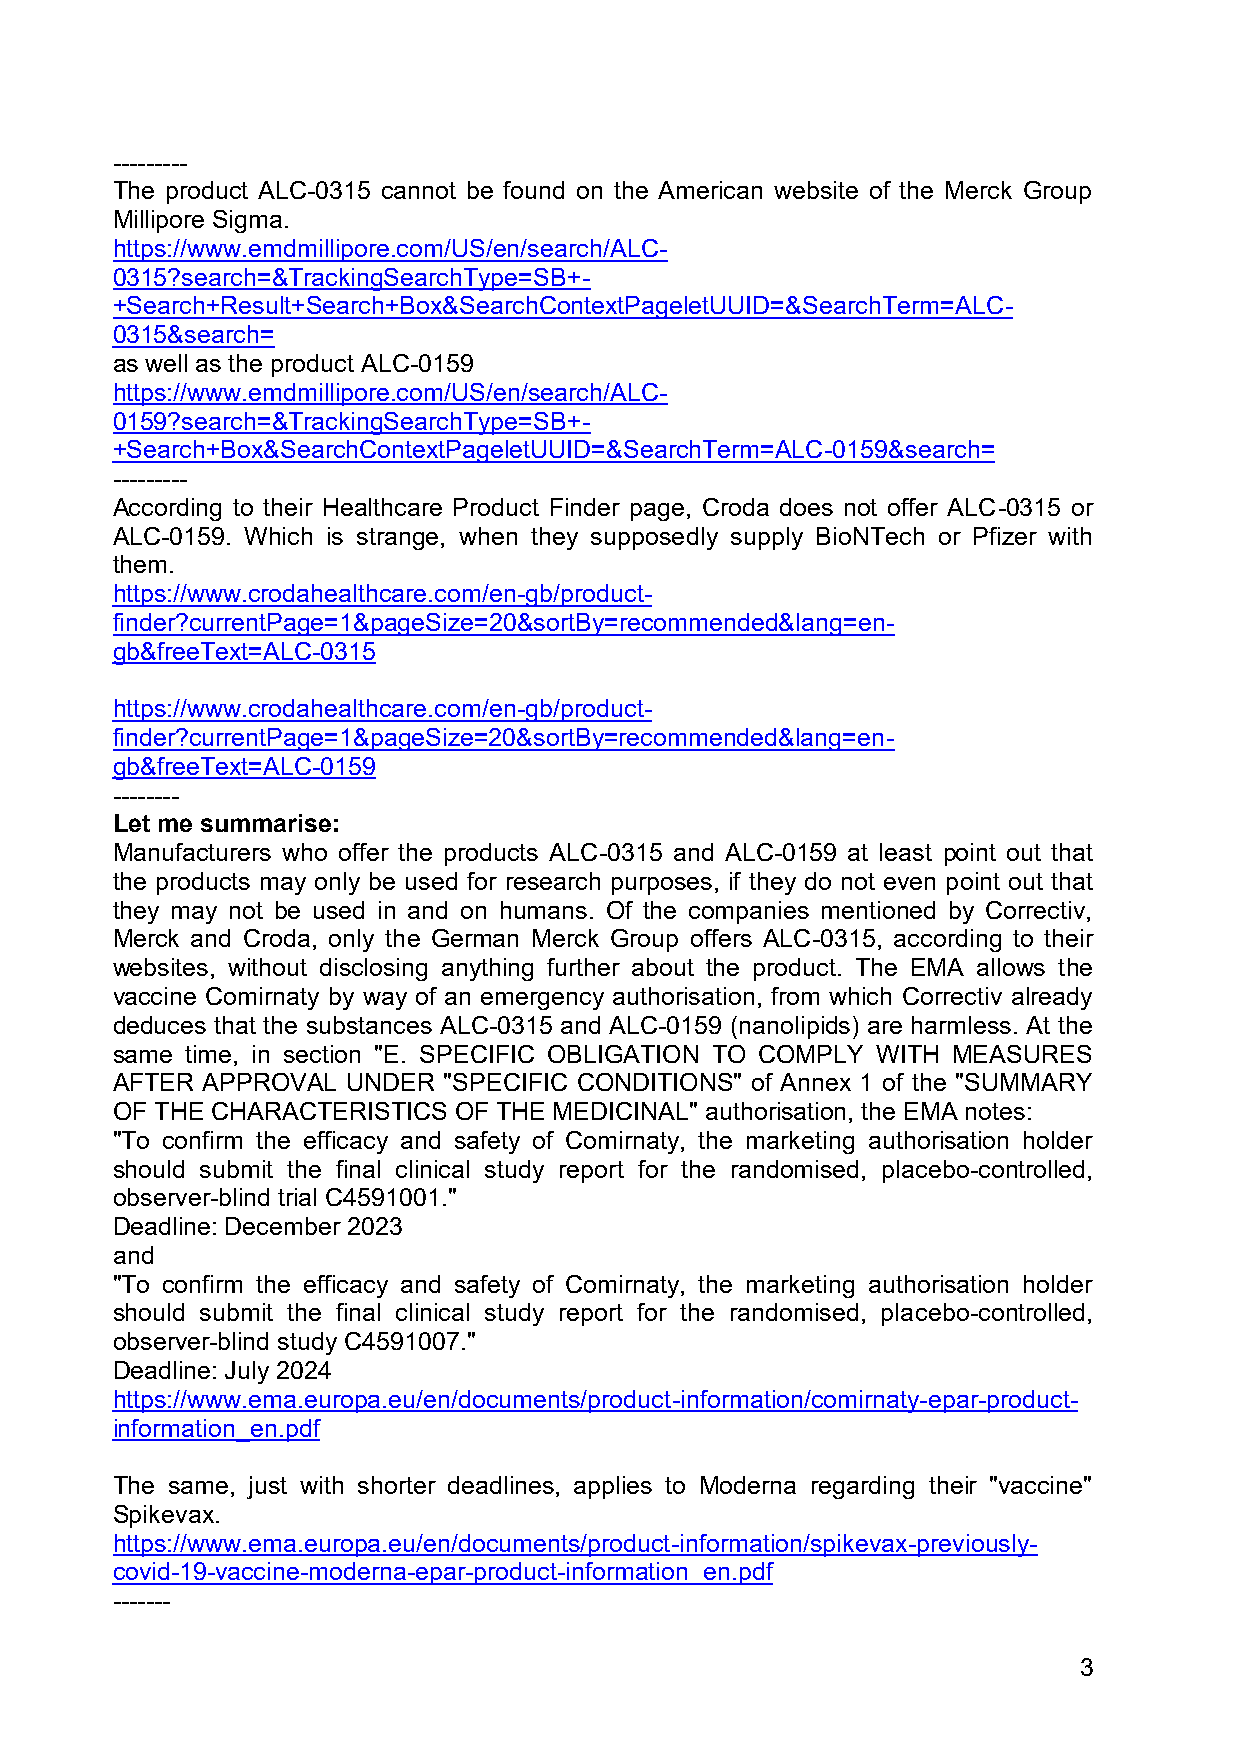
---------
 The product ALC-0315 cannot be found on the American website of the Merck Group
 Millipore Sigma.
 https://www.emdmillipore.com/US/en/search/ALC-
 0315?search=&TrackingSearchType=SB+-
 +Search+Result+Search+Box&SearchContextPageletUUID=&SearchTerm=ALC-
 0315&search=
 as well as the product ALC-0159
 https://www.emdmillipore.com/US/en/search/ALC-
 0159?search=&TrackingSearchType=SB+-
 +Search+Box&SearchContextPageletUUID=&SearchTerm=ALC-0159&search=
 ---------
 According to their Healthcare Product Finder page, Croda does not offer ALC-0315 or
 ALC-0159. Which is strange, when they supposedly supply BioNTech or Pfizer with
 them.
 https://www.crodahealthcare.com/en-gb/product-
 finder?currentPage=1&pageSize=20&sortBy=recommended&lang=en-
 gb&freeText=ALC-0315
 https://www.crodahealthcare.com/en-gb/product-
 finder?currentPage=1&pageSize=20&sortBy=recommended&lang=en-
 gb&freeText=ALC-0159
 --------
 Let me summarise:
 Manufacturers who offer the products ALC-0315 and ALC-0159 at least point out that
 the products may only be used for research purposes, if they do not even point out that
 they may not be used in and on humans. Of the companies mentioned by Correctiv,
 Merck and Croda, only the German Merck Group offers ALC-0315, according to their
 websites, without disclosing anything further about the product. The EMA allows the
 vaccine Comirnaty by way of an emergency authorisation, from which Correctiv already
 deduces that the substances ALC-0315 and ALC-0159 (nanolipids) are harmless. At the
 same time, in section "E. SPECIFIC OBLIGATION TO COMPLY WITH MEASURES
 AFTER APPROVAL  UNDER "SPECIFIC CONDITIONS" of Annex 1 of the "SUMMARY
 OF THE CHARACTERISTICS OF THE MEDICINAL" authorisation, the EMA notes:
 "To confirm the efficacy and safety of Comirnaty, the marketing authorisation holder
 should submit the final clinical study report for the randomised, placebo-controlled,
 observer-blind trial C4591001."
 Deadline: December 2023
 and
 "To confirm the efficacy and safety of Comirnaty, the marketing authorisation holder
 should submit the final clinical study report for the randomised, placebo-controlled,
 observer-blind study C4591007."
 Deadline: July 2024
 https://www.ema.europa.eu/en/documents/product-information/comirnaty-epar-product-
 information_en.pdf
 The same, just with shorter deadlines, applies to Moderna regarding their "vaccine"
 Spikevax.
 https://www.ema.europa.eu/en/documents/product-information/spikevax-previously-
 covid-19-vaccine-moderna-epar-product-information_en.pdf
 -------
 3